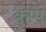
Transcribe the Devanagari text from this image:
कुप्प